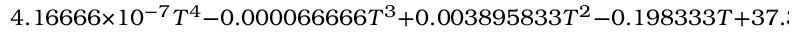
4 . 1 6 6 6 6 \times 1 0 ^ { - 7 } T ^ { 4 } - 0 . 0 0 0 0 6 6 6 6 6 T ^ { 3 } + 0 . 0 0 3 8 9 5 8 3 3 T ^ { 2 } - 0 . 1 9 8 3 3 3 T + 3 7 . 3 0 2 3